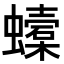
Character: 𧓜